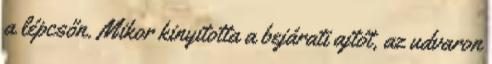
a lépcsőn. Mikor kinyitotta a bejárati ajtót, az udvaron